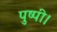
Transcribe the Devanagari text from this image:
पुष्पी।